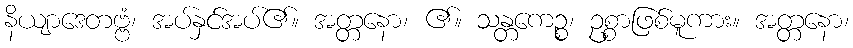
နိယျာဒေတဗ္ဗံ၊ အပ်နှင်အပ်၏။ အတ္တနော၊ ၏။ သန္တကေဉ္စ၊ ဥစ္စာဖြစ်မူကား။ အတ္တနော၊